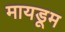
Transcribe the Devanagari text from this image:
मायडूम